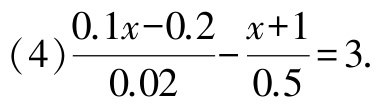
(4)$\frac{0.1x - 0.2}{0.02} - \frac{x + 1}{0.5} = 3.$